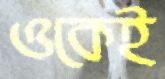
ওকেই